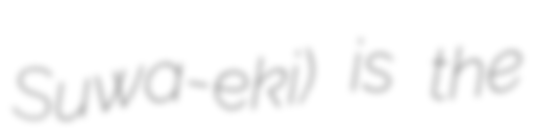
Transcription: Suwa-eki) is the